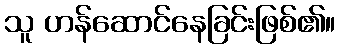
သူ ဟန်ဆောင်နေခြင်းဖြစ်၏။